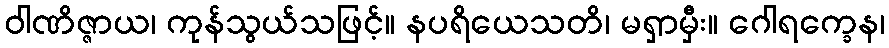
ဝါဏိဇ္ဇာယ၊ ကုန်သွယ်သဖြင့်။ နပရိယေသတိ၊ မရှာမှီး။ ဂေါရက္ခေန၊